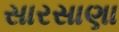
સારસાણા